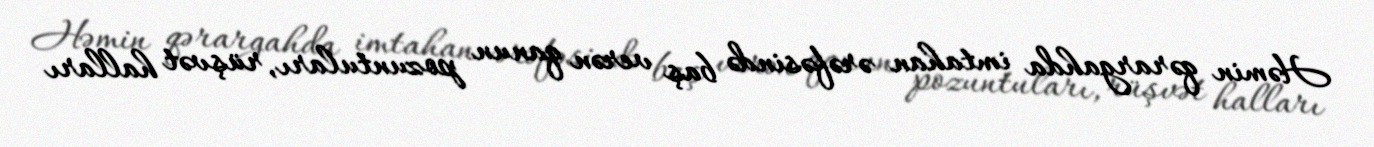
Həmin qərargahda imtahan ərəfəsində baş verən qanun pozuntuları, rüşvət halları